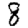
Digit: 8